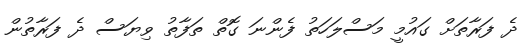
ދެ ފަރާތަށް ގައުމީ މަސްލަހަތު ފެންނަ ގޮތް ތަފާތު ވިޔަސް ދެ ފަރާތުން